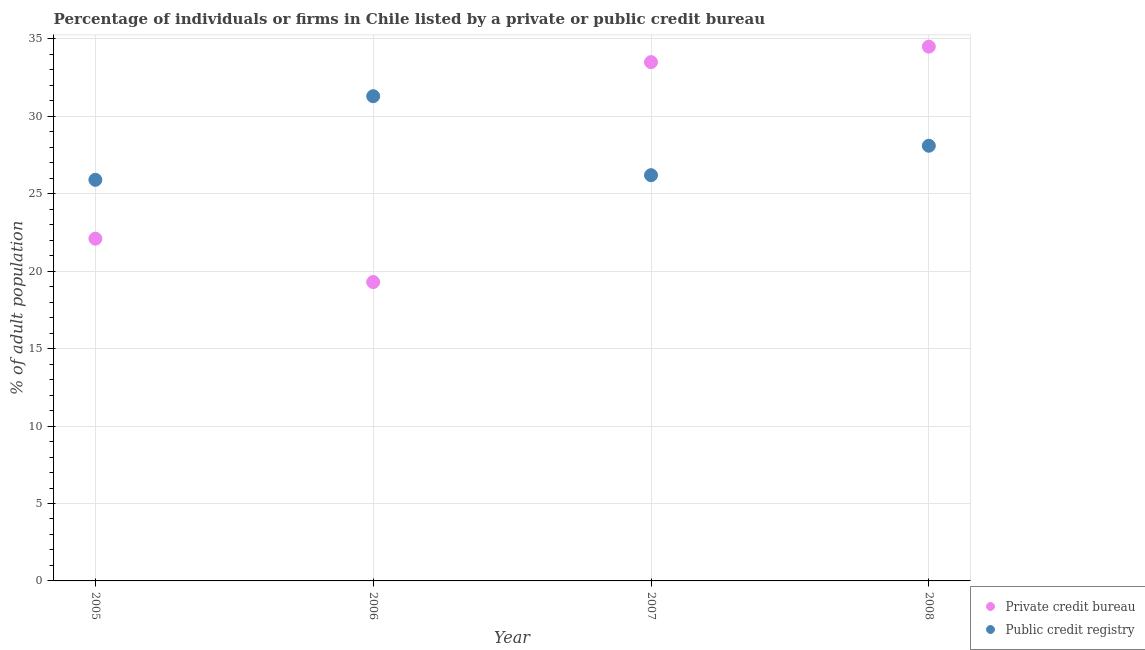
| Year | Private credit bureau | Public credit registry |
 | --- | --- | --- |
 | 2005 | 22.1 | 25.9 |
 | 2006 | 19.3 | 31.3 |
 | 2007 | 33.5 | 26.2 |
 | 2008 | 34.5 | 28.1 |